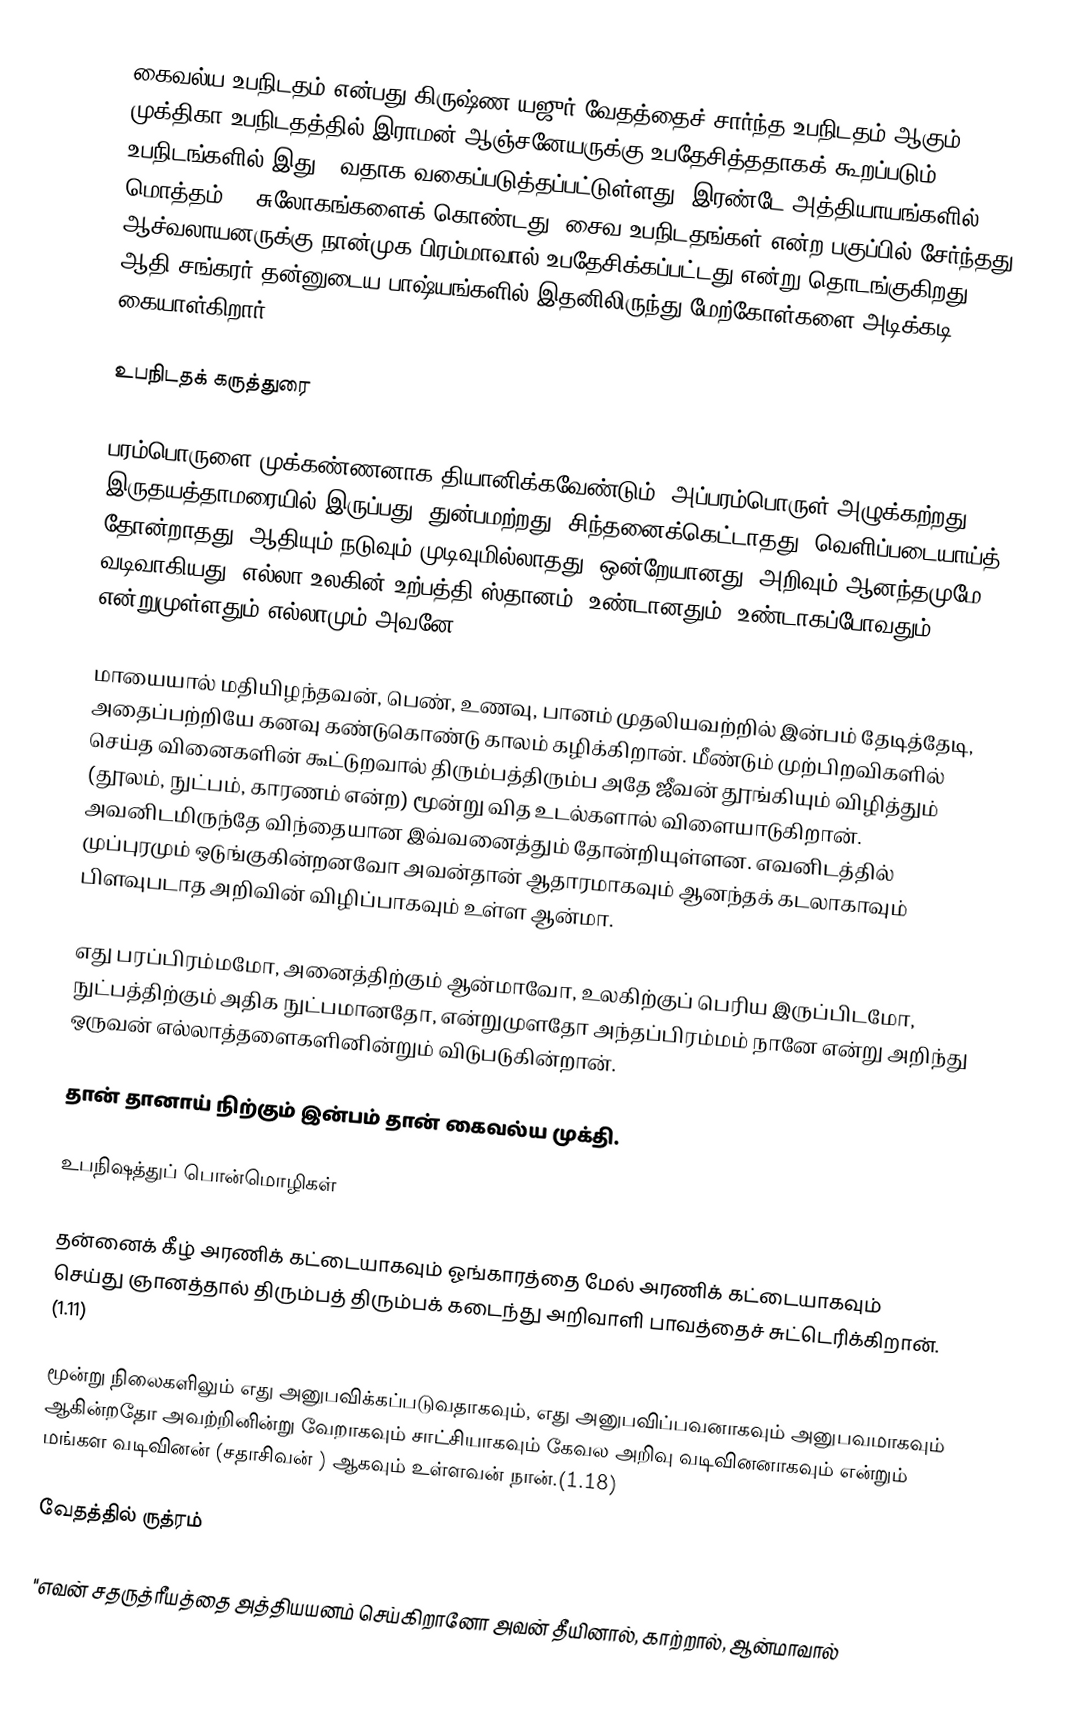
கைவல்ய உபநிடதம் என்பது கிருஷ்ண யஜுர் வேதத்தைச் சார்ந்த உபநிடதம் ஆகும். முக்திகா உபநிடதத்தில் இராமன் ஆஞ்சனேயருக்கு உபதேசித்ததாகக் கூறப்படும் 108 உபநிடங்களில் இது 12வதாக வகைப்படுத்தப்பட்டுள்ளது. இரண்டே  அத்தியாயங்களில் மொத்தம் 27  சுலோகங்களைக் கொண்டது. சைவ உபநிடதங்கள் என்ற பகுப்பில் சேர்ந்தது. ஆச்வலாயனருக்கு நான்முக பிரம்மாவால் உபதேசிக்கப்பட்டது என்று  தொடங்குகிறது. ஆதி சங்கரர் தன்னுடைய  பாஷ்யங்களில் இதனிலிருந்து மேற்கோள்களை அடிக்கடி கையாள்கிறார்.

உபநிடதக் கருத்துரை

பரம்பொருளை முக்கண்ணனாக தியானிக்கவேண்டும். அப்பரம்பொருள் அழுக்கற்றது, இருதயத்தாமரையில் இருப்பது. துன்பமற்றது. சிந்தனைக்கெட்டாதது. வெளிப்படையாய்த் தோன்றாதது. ஆதியும் நடுவும் முடிவுமில்லாதது. ஒன்றேயானது. அறிவும் ஆனந்தமுமே வடிவாகியது. எல்லா உலகின் உற்பத்தி ஸ்தானம். உண்டானதும், உண்டாகப்போவதும் என்றுமுள்ளதும் எல்லாமும் அவனே.

மாயையால் மதியிழந்தவன், பெண், உணவு, பானம்  முதலியவற்றில் இன்பம் தேடித்தேடி, அதைப்பற்றியே கனவு கண்டுகொண்டு காலம் கழிக்கிறான். மீண்டும் முற்பிறவிகளில் செய்த வினைகளின் கூட்டுறவால் திரும்பத்திரும்ப அதே ஜீவன் தூங்கியும் விழித்தும்  (தூலம், நுட்பம், காரணம் என்ற) மூன்று வித உடல்களால் விளையாடுகிறான். அவனிடமிருந்தே விந்தையான இவ்வனைத்தும் தோன்றியுள்ளன. எவனிடத்தில் முப்புரமும் ஒடுங்குகின்றனவோ அவன்தான் ஆதாரமாகவும் ஆனந்தக் கடலாகாவும் பிளவுபடாத அறிவின் விழிப்பாகவும் உள்ள ஆன்மா.

எது பரப்பிரம்மமோ, அனைத்திற்கும் ஆன்மாவோ, உலகிற்குப் பெரிய இருப்பிடமோ, நுட்பத்திற்கும் அதிக நுட்பமானதோ, என்றுமுளதோ அந்தப்பிரம்மம் நானே என்று அறிந்து ஒருவன் எல்லாத்தளைகளினின்றும் விடுபடுகின்றான்.

தான் தானாய் நிற்கும் இன்பம் தான் கைவல்ய முக்தி.

உபநிஷத்துப் பொன்மொழிகள்

தன்னைக் கீழ் அரணிக் கட்டையாகவும் ஓங்காரத்தை மேல் அரணிக் கட்டையாகவும் செய்து ஞானத்தால் திரும்பத் திரும்பக் கடைந்து அறிவாளி பாவத்தைச் சுட்டெரிக்கிறான். (1.11)

மூன்று நிலைகளிலும் எது அனுபவிக்கப்படுவதாகவும், எது அனுபவிப்பவனாகவும் அனுபவமாகவும் ஆகின்றதோ அவற்றினின்று வேறாகவும் சாட்சியாகவும் கேவல அறிவு வடிவினனாகவும் என்றும் மங்கள வடிவினன் (சதாசிவன் ) ஆகவும் உள்ளவன் நான்.(1.18)

வேதத்தில் ருத்ரம்

"எவன் சதருத்ரீயத்தை அத்தியயனம் செய்கிறானோ அவன் தீயினால், காற்றால், ஆன்மாவால்